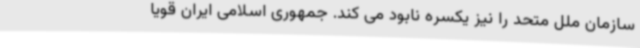
سازمان ملل متحد را نیز یکسره نابود می کند. جمهوری اسلامی ایران قویا